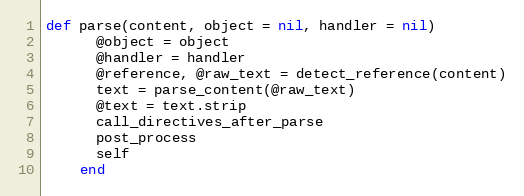
Language: Ruby
def parse(content, object = nil, handler = nil)
      @object = object
      @handler = handler
      @reference, @raw_text = detect_reference(content)
      text = parse_content(@raw_text)
      @text = text.strip
      call_directives_after_parse
      post_process
      self
    end